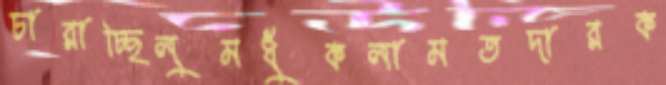
চারাচ্ছিলুমধুঁকলামতদারক